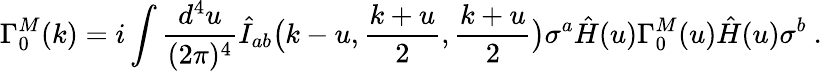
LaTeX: \Gamma_{0}^{M}(k)=i\int{\frac{d^{4}u}{(2\pi)^{4}}}\hat{I}_{ab}\big(k-u,{\frac{k+u}{2}},{\frac{k+u}{2}}\big)\sigma^{a}\hat{H}(u)\Gamma_{0}^{M}(u)\hat{H}(u)\sigma^{b}\ .